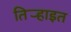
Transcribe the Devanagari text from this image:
तिर्‍हाइत